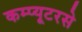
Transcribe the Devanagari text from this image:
कम्प्यूटरसे